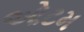
ઓટમ